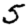
Digit: 5